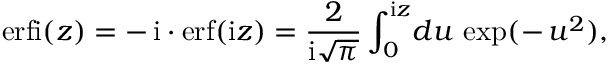
\mathrm { e r f i } ( z ) = - \, \mathrm { i } \cdot \mathrm { e r f } ( \mathrm { i } z ) = \frac { 2 } { \mathrm { i } \sqrt { \pi } } \int _ { 0 } ^ { \mathrm { i } z } \! d u \, \exp ( - \, u ^ { 2 } ) ,